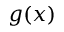
g ( x )